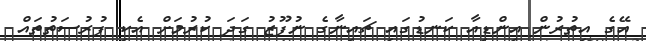
އޭގެ އިތުރުން އިންޑިއާ ކަނޑުގައި ޗައިނާގެ ނުފޫޒު ގަދަ ކުރުމަށް އެކި ފުރުސަތުތައް